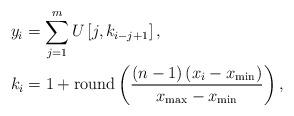
LaTeX: \begin{align*} &y_i = \sum_{j=1}^{m} U\left[ j, k_{i-j+1} \right] , \\ &k_i = 1 + \operatorname{round}\left( \frac{ \left(n-1\right) \left(x_i-x_\mathrm{min}\right) } { x_\mathrm{max} - x_\mathrm{min} } \right) , \end{align*}